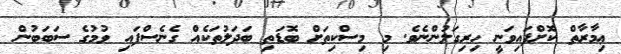
ޢިމާރާތް ކޮށްފައިވަނީ ހިރިގަލުންނެވެ. މި މިސްކިތަށް ބޮޑަތި ބަދަލުތަކެއް ގެނެސްފައި ވުމުގެ ސަބަބުން